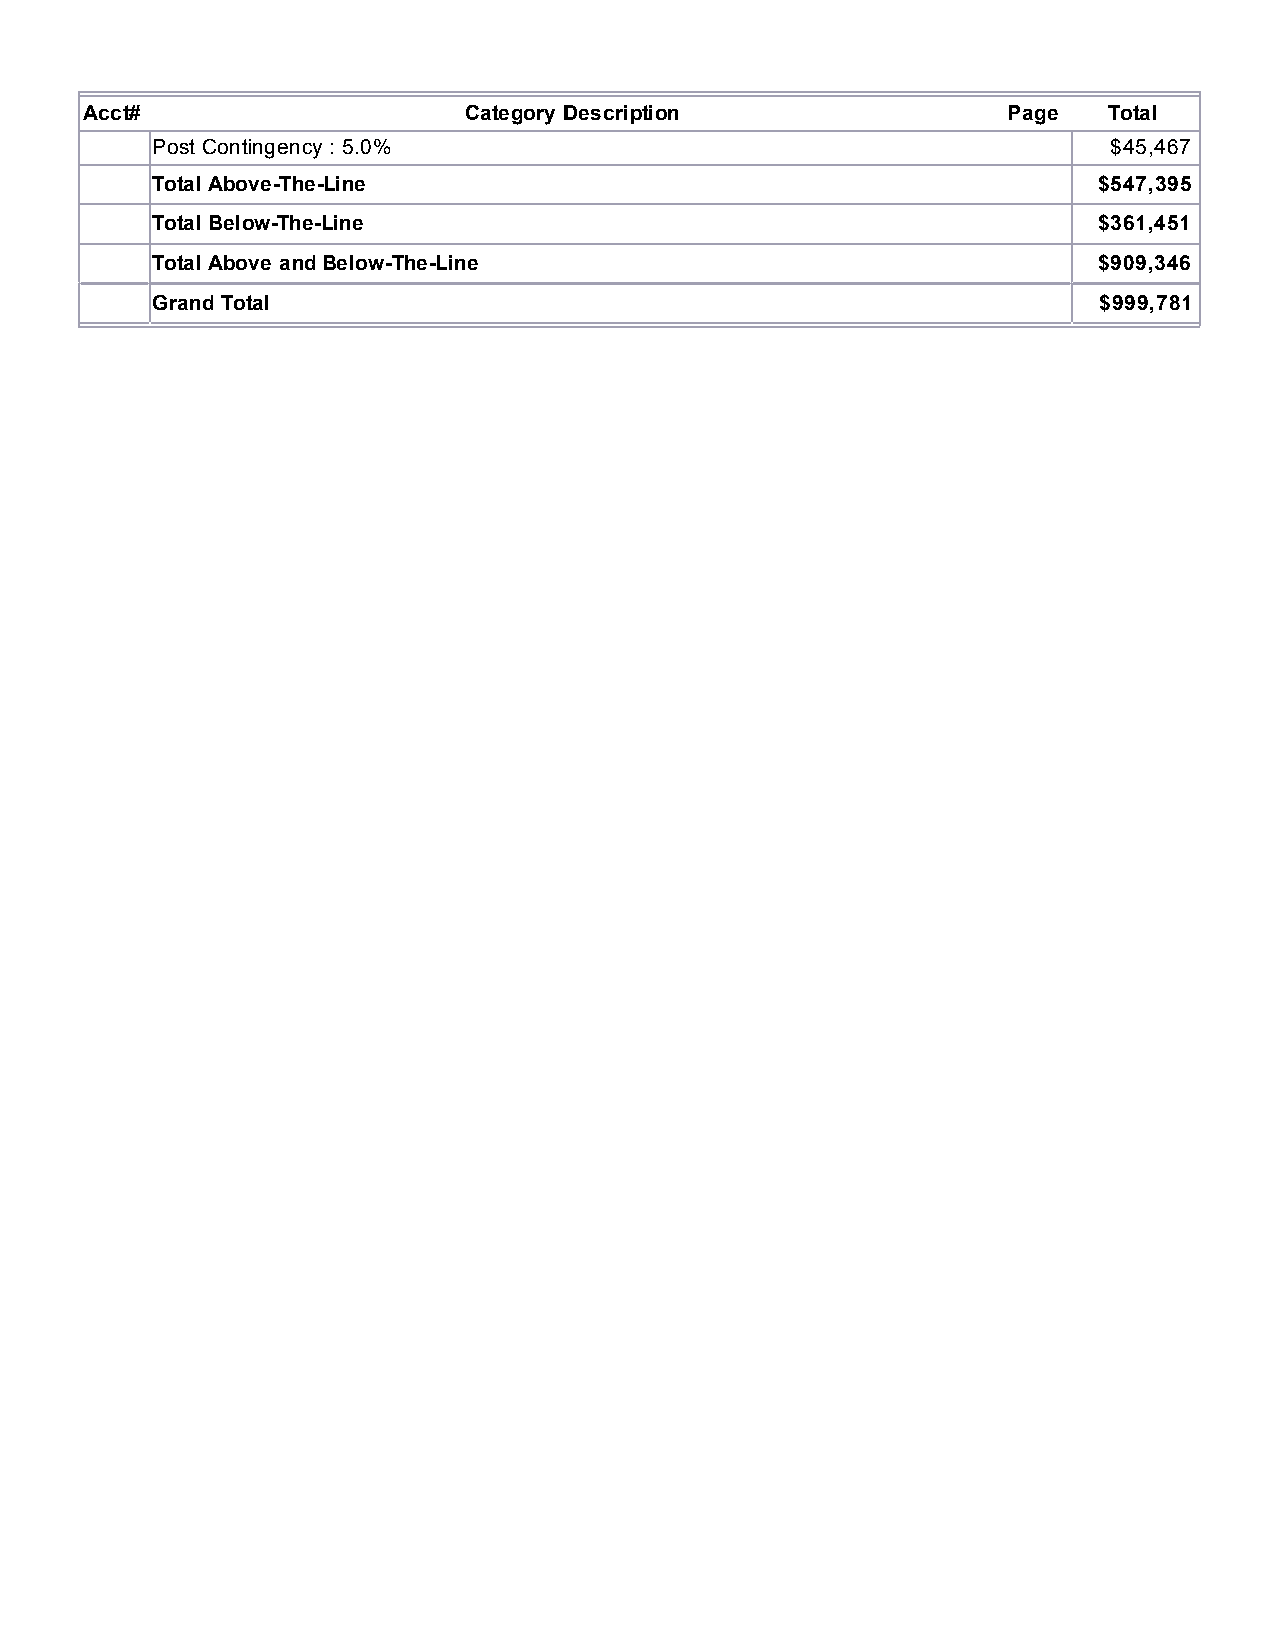
Acct#                    Category Description                Page  Total
 Post Contingency : 5.0%                                         $45,467
 Total Above-The-Line                                           $547,395
 Total Below-The-Line                                           $361,451
 Total Above and Below-The-Line                                 $909,346
 Grand Total                                                    $999,781